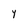
Character: Y